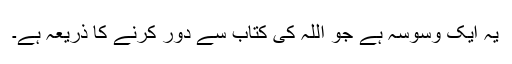
یہ ایک وسوسہ ہے جو اللہ کی کتاب سے دور کرنے کا ذریعہ ہے۔